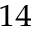
^ { 1 4 }